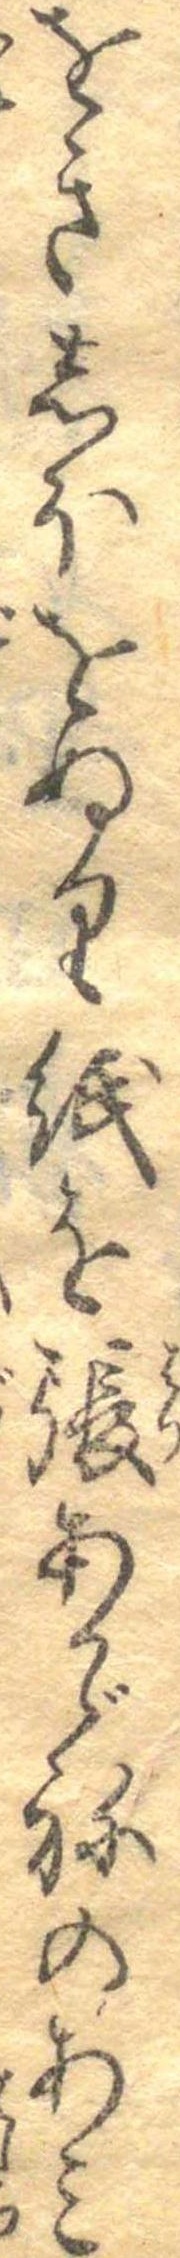
をきしほをぬり紙を張あかゞねのあみ